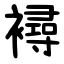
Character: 襑